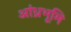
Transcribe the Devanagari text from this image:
आंध्रभूमि